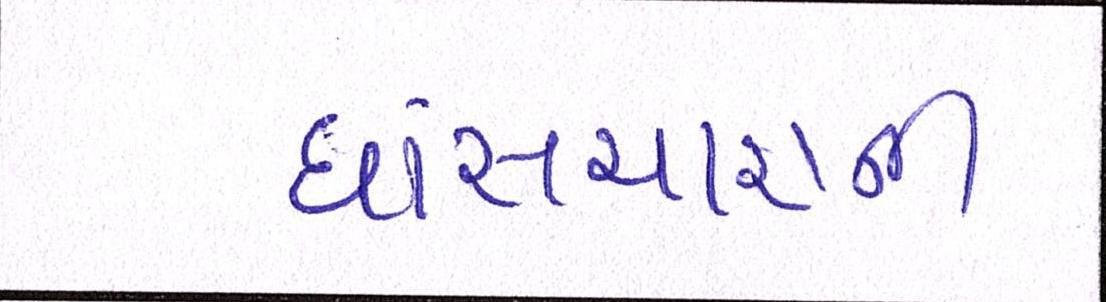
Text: ઘાંસચારાની